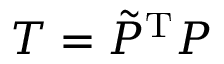
T = \tilde { P } ^ { \mathrm { T } } P